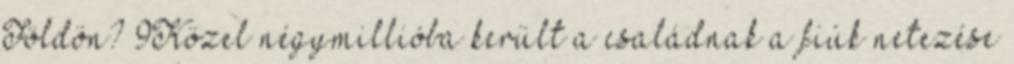
Földön? 9Közel négymillióba került a családnak a fiúk netezése